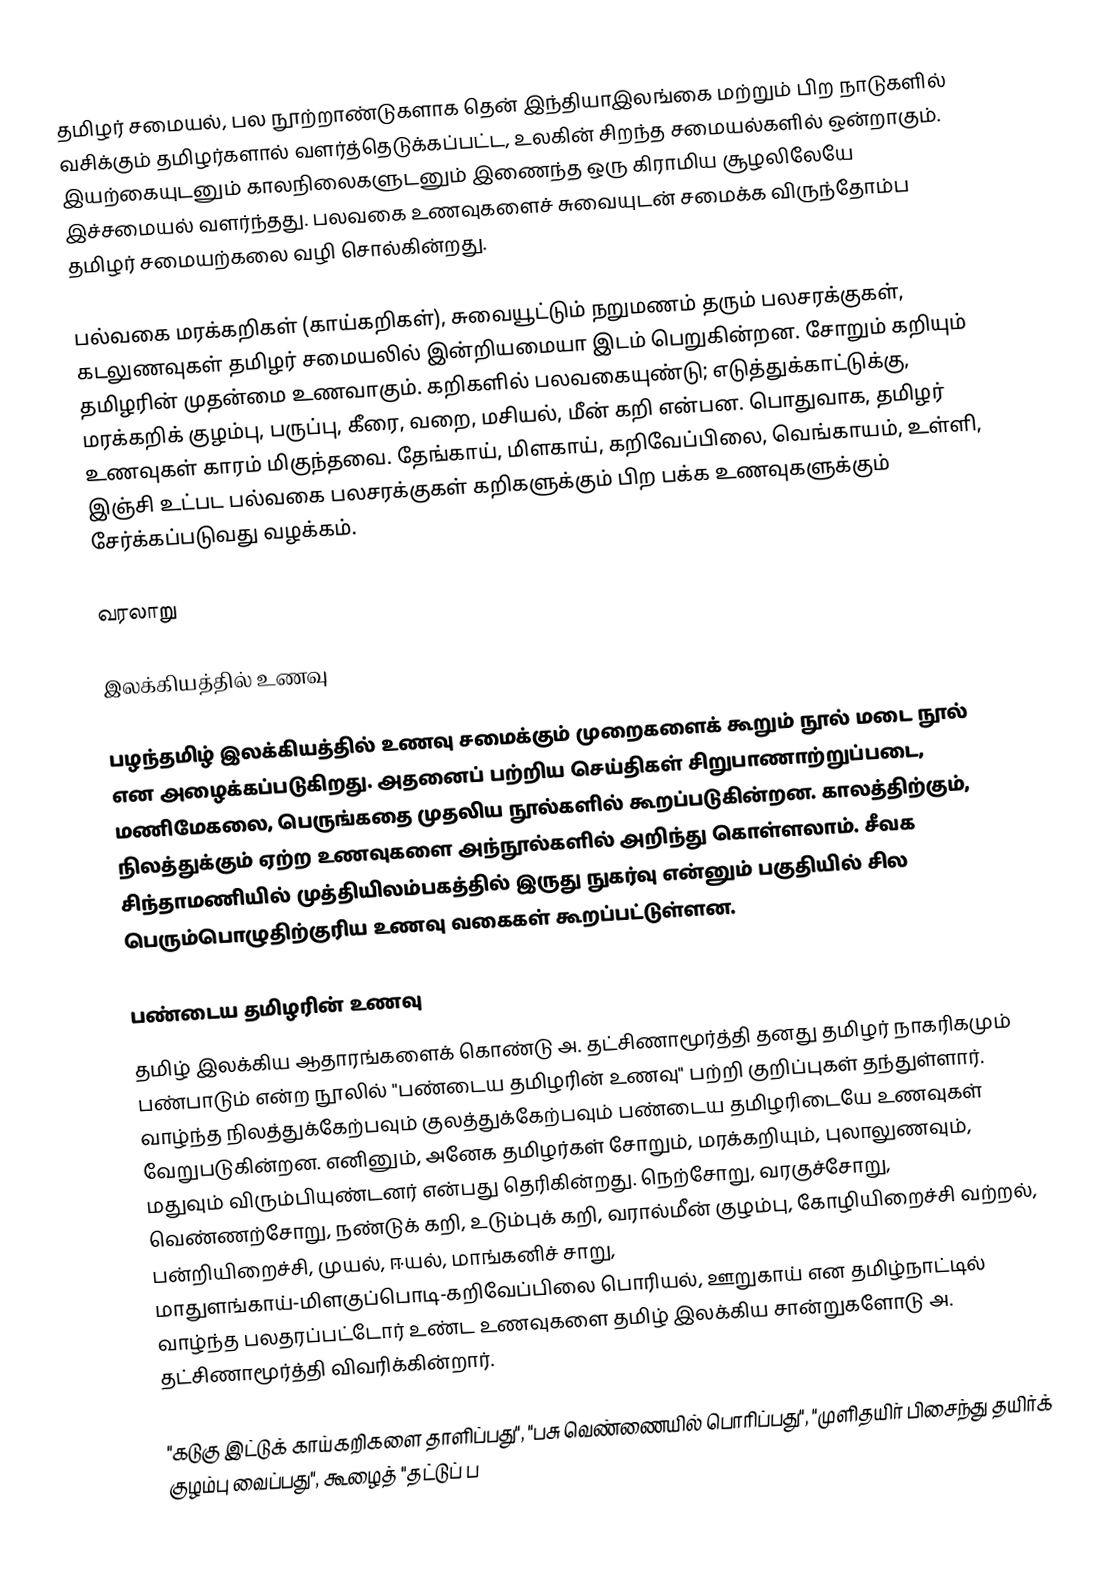
தமிழர் சமையல், பல நூற்றாண்டுகளாக தென் இந்தியாஇலங்கை மற்றும் பிற நாடுகளில் வசிக்கும் தமிழர்களால் வளர்த்தெடுக்கப்பட்ட, உலகின் சிறந்த சமையல்களில் ஒன்றாகும்.  இயற்கையுடனும் காலநிலைகளுடனும் இணைந்த ஒரு கிராமிய சூழலிலேயே இச்சமையல் வளர்ந்தது.  பலவகை உணவுகளைச் சுவையுடன் சமைக்க விருந்தோம்ப தமிழர் சமையற்கலை வழி சொல்கின்றது.

பல்வகை மரக்கறிகள் (காய்கறிகள்), சுவையூட்டும் நறுமணம் தரும் பலசரக்குகள், கடலுணவுகள் தமிழர் சமையலில் இன்றியமையா இடம் பெறுகின்றன.  சோறும் கறியும் தமிழரின் முதன்மை உணவாகும். கறிகளில் பலவகையுண்டு; எடுத்துக்காட்டுக்கு, மரக்கறிக் குழம்பு, பருப்பு, கீரை, வறை, மசியல், மீன் கறி என்பன. பொதுவாக, தமிழர் உணவுகள் காரம் மிகுந்தவை. தேங்காய், மிளகாய், கறிவேப்பிலை, வெங்காயம், உள்ளி, இஞ்சி உட்பட பல்வகை பலசரக்குகள் கறிகளுக்கும் பிற பக்க உணவுகளுக்கும் சேர்க்கப்படுவது வழக்கம்.

வரலாறு

இலக்கியத்தில் உணவு

பழந்தமிழ் இலக்கியத்தில் உணவு சமைக்கும் முறைகளைக் கூறும் நூல் மடை நூல் என அழைக்கப்படுகிறது. அதனைப் பற்றிய செய்திகள் சிறுபாணாற்றுப்படை, மணிமேகலை, பெருங்கதை முதலிய நூல்களில் கூறப்படுகின்றன. காலத்திற்கும், நிலத்துக்கும் ஏற்ற உணவுகளை அந்நூல்களில் அறிந்து கொள்ளலாம். சீவக சிந்தாமணியில் முத்தியிலம்பகத்தில் இருது நுகர்வு என்னும் பகுதியில் சில பெரும்பொழுதிற்குரிய உணவு வகைகள் கூறப்பட்டுள்ளன.

பண்டைய தமிழரின் உணவு
தமிழ் இலக்கிய ஆதாரங்களைக் கொண்டு அ. தட்சிணாமூர்த்தி தனது தமிழர் நாகரிகமும் பண்பாடும் என்ற நூலில் "பண்டைய தமிழரின் உணவு" பற்றி குறிப்புகள் தந்துள்ளார்.  வாழ்ந்த நிலத்துக்கேற்பவும் குலத்துக்கேற்பவும் பண்டைய தமிழரிடையே உணவுகள் வேறுபடுகின்றன.  எனினும், அனேக தமிழர்கள் சோறும், மரக்கறியும், புலாலுணவும், மதுவும் விரும்பியுண்டனர் என்பது தெரிகின்றது.  நெற்சோறு, வரகுச்சோறு, வெண்ணற்சோறு, நண்டுக் கறி, உடும்புக் கறி, வரால்மீன் குழம்பு, கோழியிறைச்சி வற்றல், பன்றியிறைச்சி, முயல், ஈயல், மாங்கனிச் சாறு, மாதுளங்காய்-மிளகுப்பொடி-கறிவேப்பிலை பொரியல், ஊறுகாய் என தமிழ்நாட்டில் வாழ்ந்த பலதரப்பட்டோர் உண்ட உணவுகளை தமிழ் இலக்கிய சான்றுகளோடு அ. தட்சிணாமூர்த்தி விவரிக்கின்றார்.

"கடுகு இட்டுக் காய்கறிகளை தாளிப்பது", "பசு வெண்ணையில் பொரிப்பது", "முளிதயிர் பிசைந்து தயிர்க் குழம்பு வைப்பது", கூழைத் "தட்டுப் ப